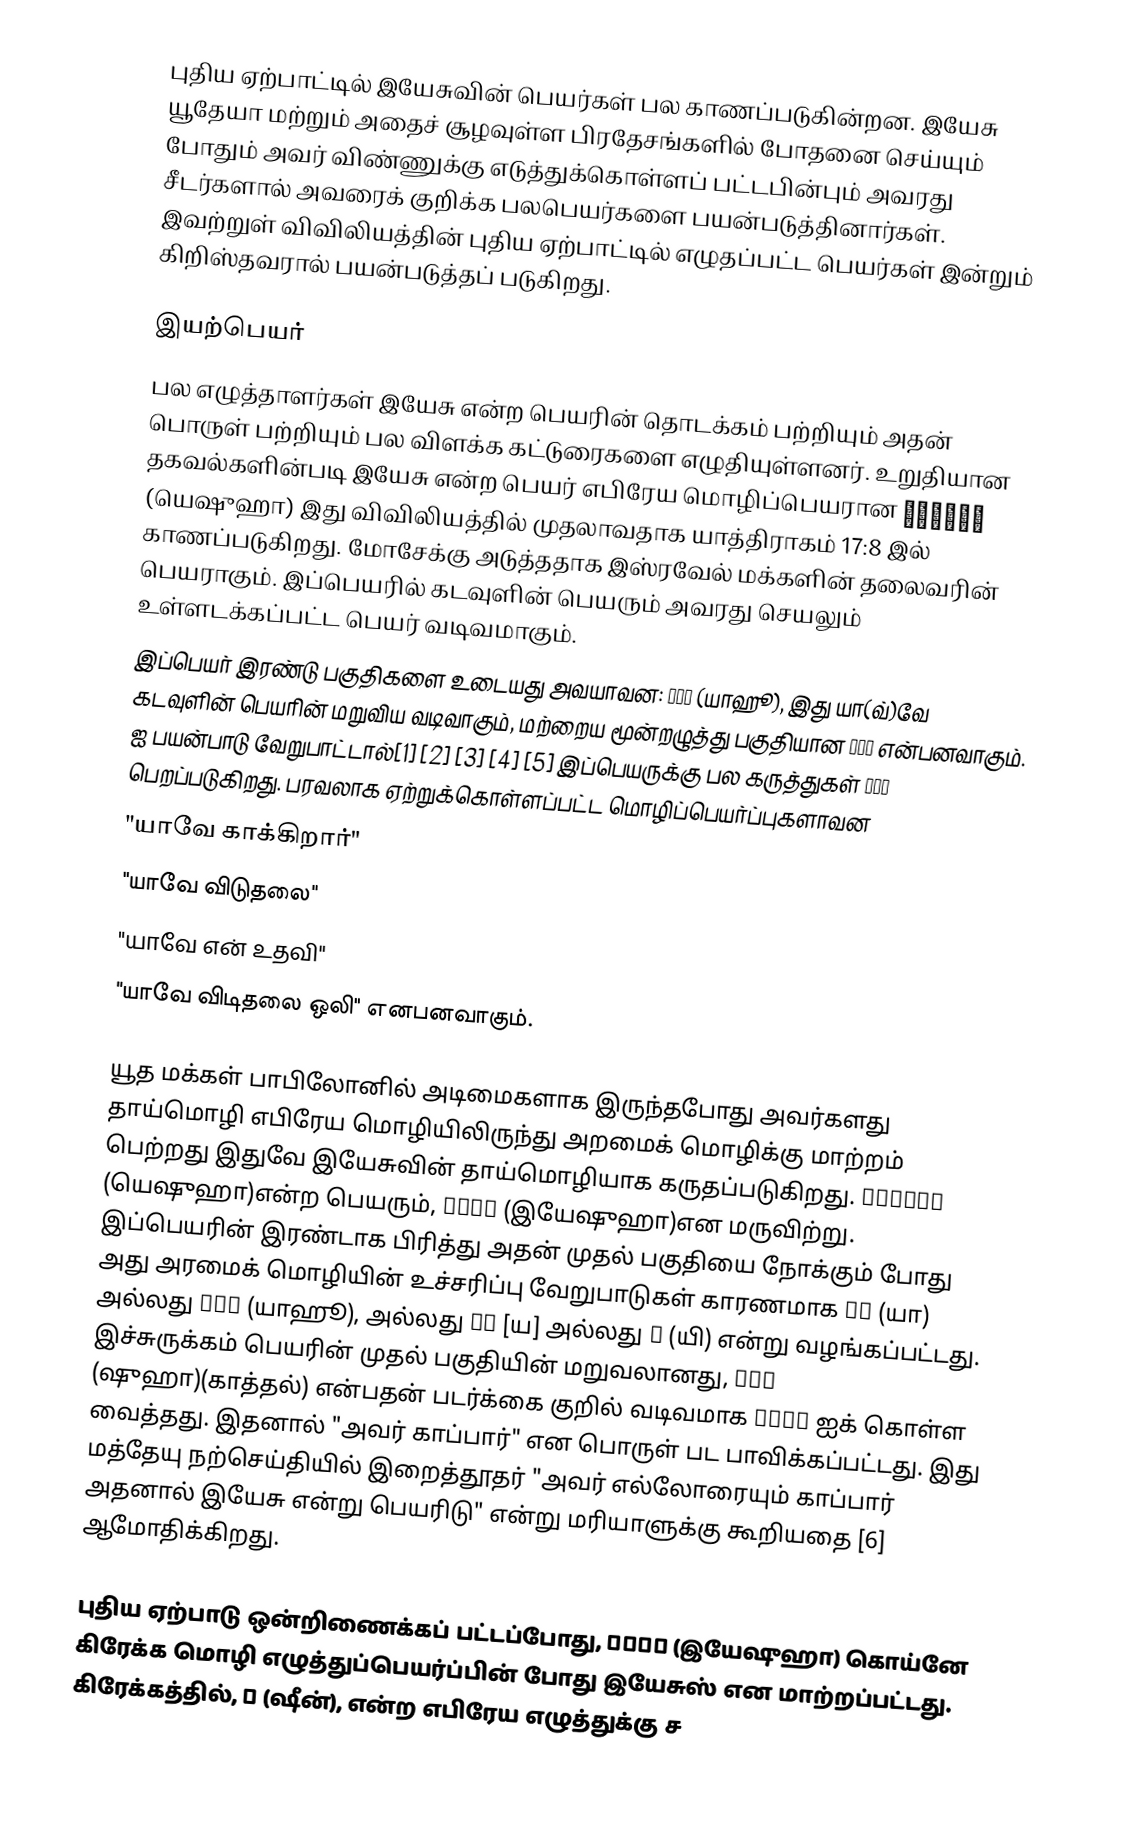
புதிய ஏற்பாட்டில் இயேசுவின் பெயர்கள் பல காணப்படுகின்றன. இயேசு யூதேயா மற்றும் அதைச் சூழவுள்ள பிரதேசங்களில் போதனை செய்யும் போதும் அவர் விண்ணுக்கு எடுத்துக்கொள்ளப் பட்டபின்பும் அவரது சீடர்களால் அவரைக் குறிக்க பலபெயர்களை பயன்படுத்தினார்கள். இவற்றுள் விவிலியத்தின் புதிய ஏற்பாட்டில் எழுதப்பட்ட பெயர்கள் இன்றும் கிறிஸ்தவரால் பயன்படுத்தப் படுகிறது.

இயற்பெயர்
பல எழுத்தாளர்கள் இயேசு என்ற பெயரின் தொடக்கம் பற்றியும் அதன் பொருள் பற்றியும் பல விளக்க கட்டுரைகளை எழுதியுள்ளனர். உறுதியான தகவல்களின்படி இயேசு என்ற பெயர் எபிரேய மொழிப்பெயரான יהושוע (யெஷுஹா) இது விவிலியத்தில் முதலாவதாக யாத்திராகம் 17:8 இல் காணப்படுகிறது. மோசேக்கு அடுத்ததாக இஸ்ரவேல் மக்களின் தலைவரின் பெயராகும். இப்பெயரில் கடவுளின் பெயரும் அவரது செயலும் உள்ளடக்கப்பட்ட பெயர் வடிவமாகும்.
இப்பெயர் இரண்டு பகுதிகளை உடையது அவயாவன: יהו (யாஹூ), இது யா(வ்)வே கடவுளின் பெயரின் மறுவிய வடிவாகும், மற்றைய மூன்றழுத்து பகுதியான שוע என்பனவாகும். שוע ஐ பயன்பாடு வேறுபாட்டால்[1] [2] [3] [4] [5] இப்பெயருக்கு பல கருத்துகள் பெறப்படுகிறது. பரவலாக ஏற்றுக்கொள்ளப்பட்ட மொழிப்பெயர்ப்புகளாவன
 "யாவே காக்கிறார்"
 "யாவே விடுதலை"
 "யாவே என் உதவி"
 "யாவே விடிதலை ஒலி" எனபனவாகும்.

யூத மக்கள் பாபிலோனில் அடிமைகளாக இருந்தபோது அவர்களது தாய்மொழி எபிரேய மொழியிலிருந்து அறமைக் மொழிக்கு மாற்றம் பெற்றது இதுவே இயேசுவின் தாய்மொழியாக கருதப்படுகிறது. יהושוע (யெஷுஹா)என்ற பெயரும், ישוע (இயேஷுஹா)என மருவிற்று. இப்பெயரின் இரண்டாக பிரித்து அதன் முதல் பகுதியை நோக்கும் போது அது அரமைக் மொழியின் உச்சரிப்பு வேறுபாடுகள் காரணமாக יה (யா) அல்லது יהו (யாஹூ), அல்லது יא [ய] அல்லது י (யி) என்று வழங்கப்பட்டது. இச்சுருக்கம் பெயரின் முதல் பகுதியின் மறுவலானது, שוא (ஷுஹா)(காத்தல்) என்பதன் படர்க்கை குறில் வடிவமாக ישוע ஐக் கொள்ள வைத்தது. இதனால் "அவர் காப்பார்" என பொருள் பட பாவிக்கப்பட்டது. இது மத்தேயு நற்செய்தியில் இறைத்தூதர் "அவர் எல்லோரையும் காப்பார் அதனால் இயேசு என்று பெயரிடு" என்று மரியாளுக்கு கூறியதை [6] ஆமோதிக்கிறது.

புதிய ஏற்பாடு ஒன்றிணைக்கப் பட்டப்போது, ישוע (இயேஷுஹா) கொய்னே கிரேக்க மொழி எழுத்துப்பெயர்ப்பின் போது இயேசுஸ் என மாற்றப்பட்டது. கிரேக்கத்தில், ש (ஷீன்), என்ற எபிரேய எழுத்துக்கு ச